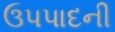
ઉપપાદની